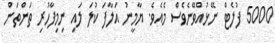
5000 ފުލެޓް ނޭޅުއްވޭނެވެސް މެއެވެ. ޔާމީނު އަލާފަ ކުލަ ލައި ނިމިފާހުރި ތަންތަން